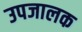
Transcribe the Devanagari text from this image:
उपजालक